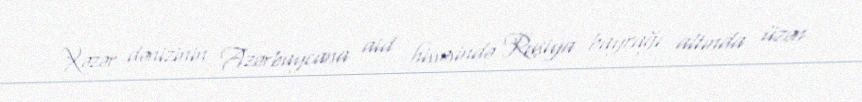
Xəzər dənizinin Azərbaycana aid hissəsində Rusiya bayrağı altında üzən